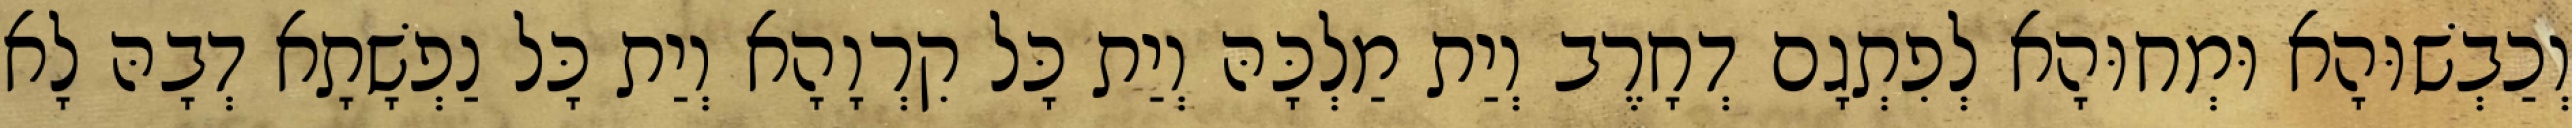
וְכַבְשׁוּהָא וּמְחוּהָא לְפִתְגָם דְחָרֶב וְיַת מַלְכָּהּ וְיַת כָּל קִרְוָהָא וְיַת כָּל נַפְשָׁתָא דְבָהּ לָא